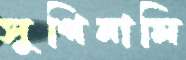
সুগিনামি